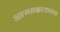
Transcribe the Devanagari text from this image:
आत्मसाक्षात्काराचा